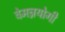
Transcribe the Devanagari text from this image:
वेमन्नयोगी